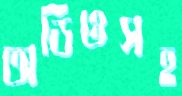
অডিওসহ